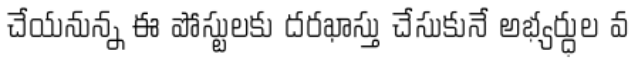
చేయనున్న ఈ పోస్టులకు దరఖాస్తు చేసుకునే అభ్యర్ధుల వ